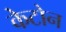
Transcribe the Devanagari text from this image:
केटोन